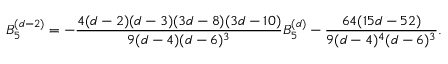
B _ { 5 } ^ { ( d - 2 ) } = - \frac { 4 ( d - 2 ) ( d - 3 ) ( 3 d - 8 ) ( 3 d - 1 0 ) } { 9 ( d - 4 ) ( d - 6 ) ^ { 3 } } B _ { 5 } ^ { ( d ) } - \frac { 6 4 ( 1 5 d - 5 2 ) } { 9 ( d - 4 ) ^ { 4 } ( d - 6 ) ^ { 3 } } .